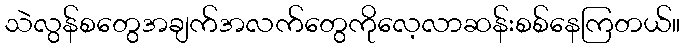
သဲလွန်စတွေအချက်အလက်တွေကိုလေ့လာဆန်းစစ်နေကြတယ်။